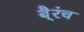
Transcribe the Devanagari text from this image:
बै्रंच